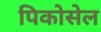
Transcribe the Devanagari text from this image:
पिकोसेल